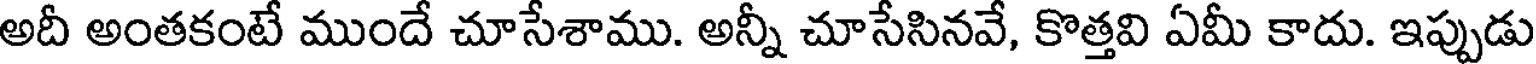
అదీ అంతకంటే ముందే చూసేశాము. అన్నీ చూసేసినవే, కొత్తవి ఏమీ కాదు. ఇప్పుడు